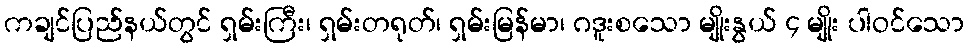
ကချင်ပြည်နယ်တွင် ရှမ်းကြီး၊ ရှမ်းတရုတ်၊ ရှမ်းမြန်မာ၊ ဂဒူးစသော မျိုးနွယ် ၄ မျိုး ပါဝင်သော